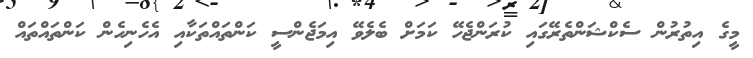
މީގެ އިތުރުން ސެކްޝަންތެރޭގައި ކުރަންޖެހޭ ކަމަށް ބެލެވޭ އިމަޖެންސީ ކަންތައްތަކާއި އެހެނިހެން ކަންތައްތައް